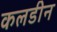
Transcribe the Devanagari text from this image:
कलडीन